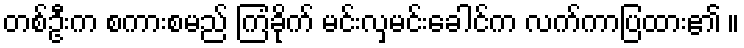
တစ်ဦးက စကားစမည် ကြံခိုက် မင်းလှမင်းခေါင်က လက်ကာပြထား၏ ။